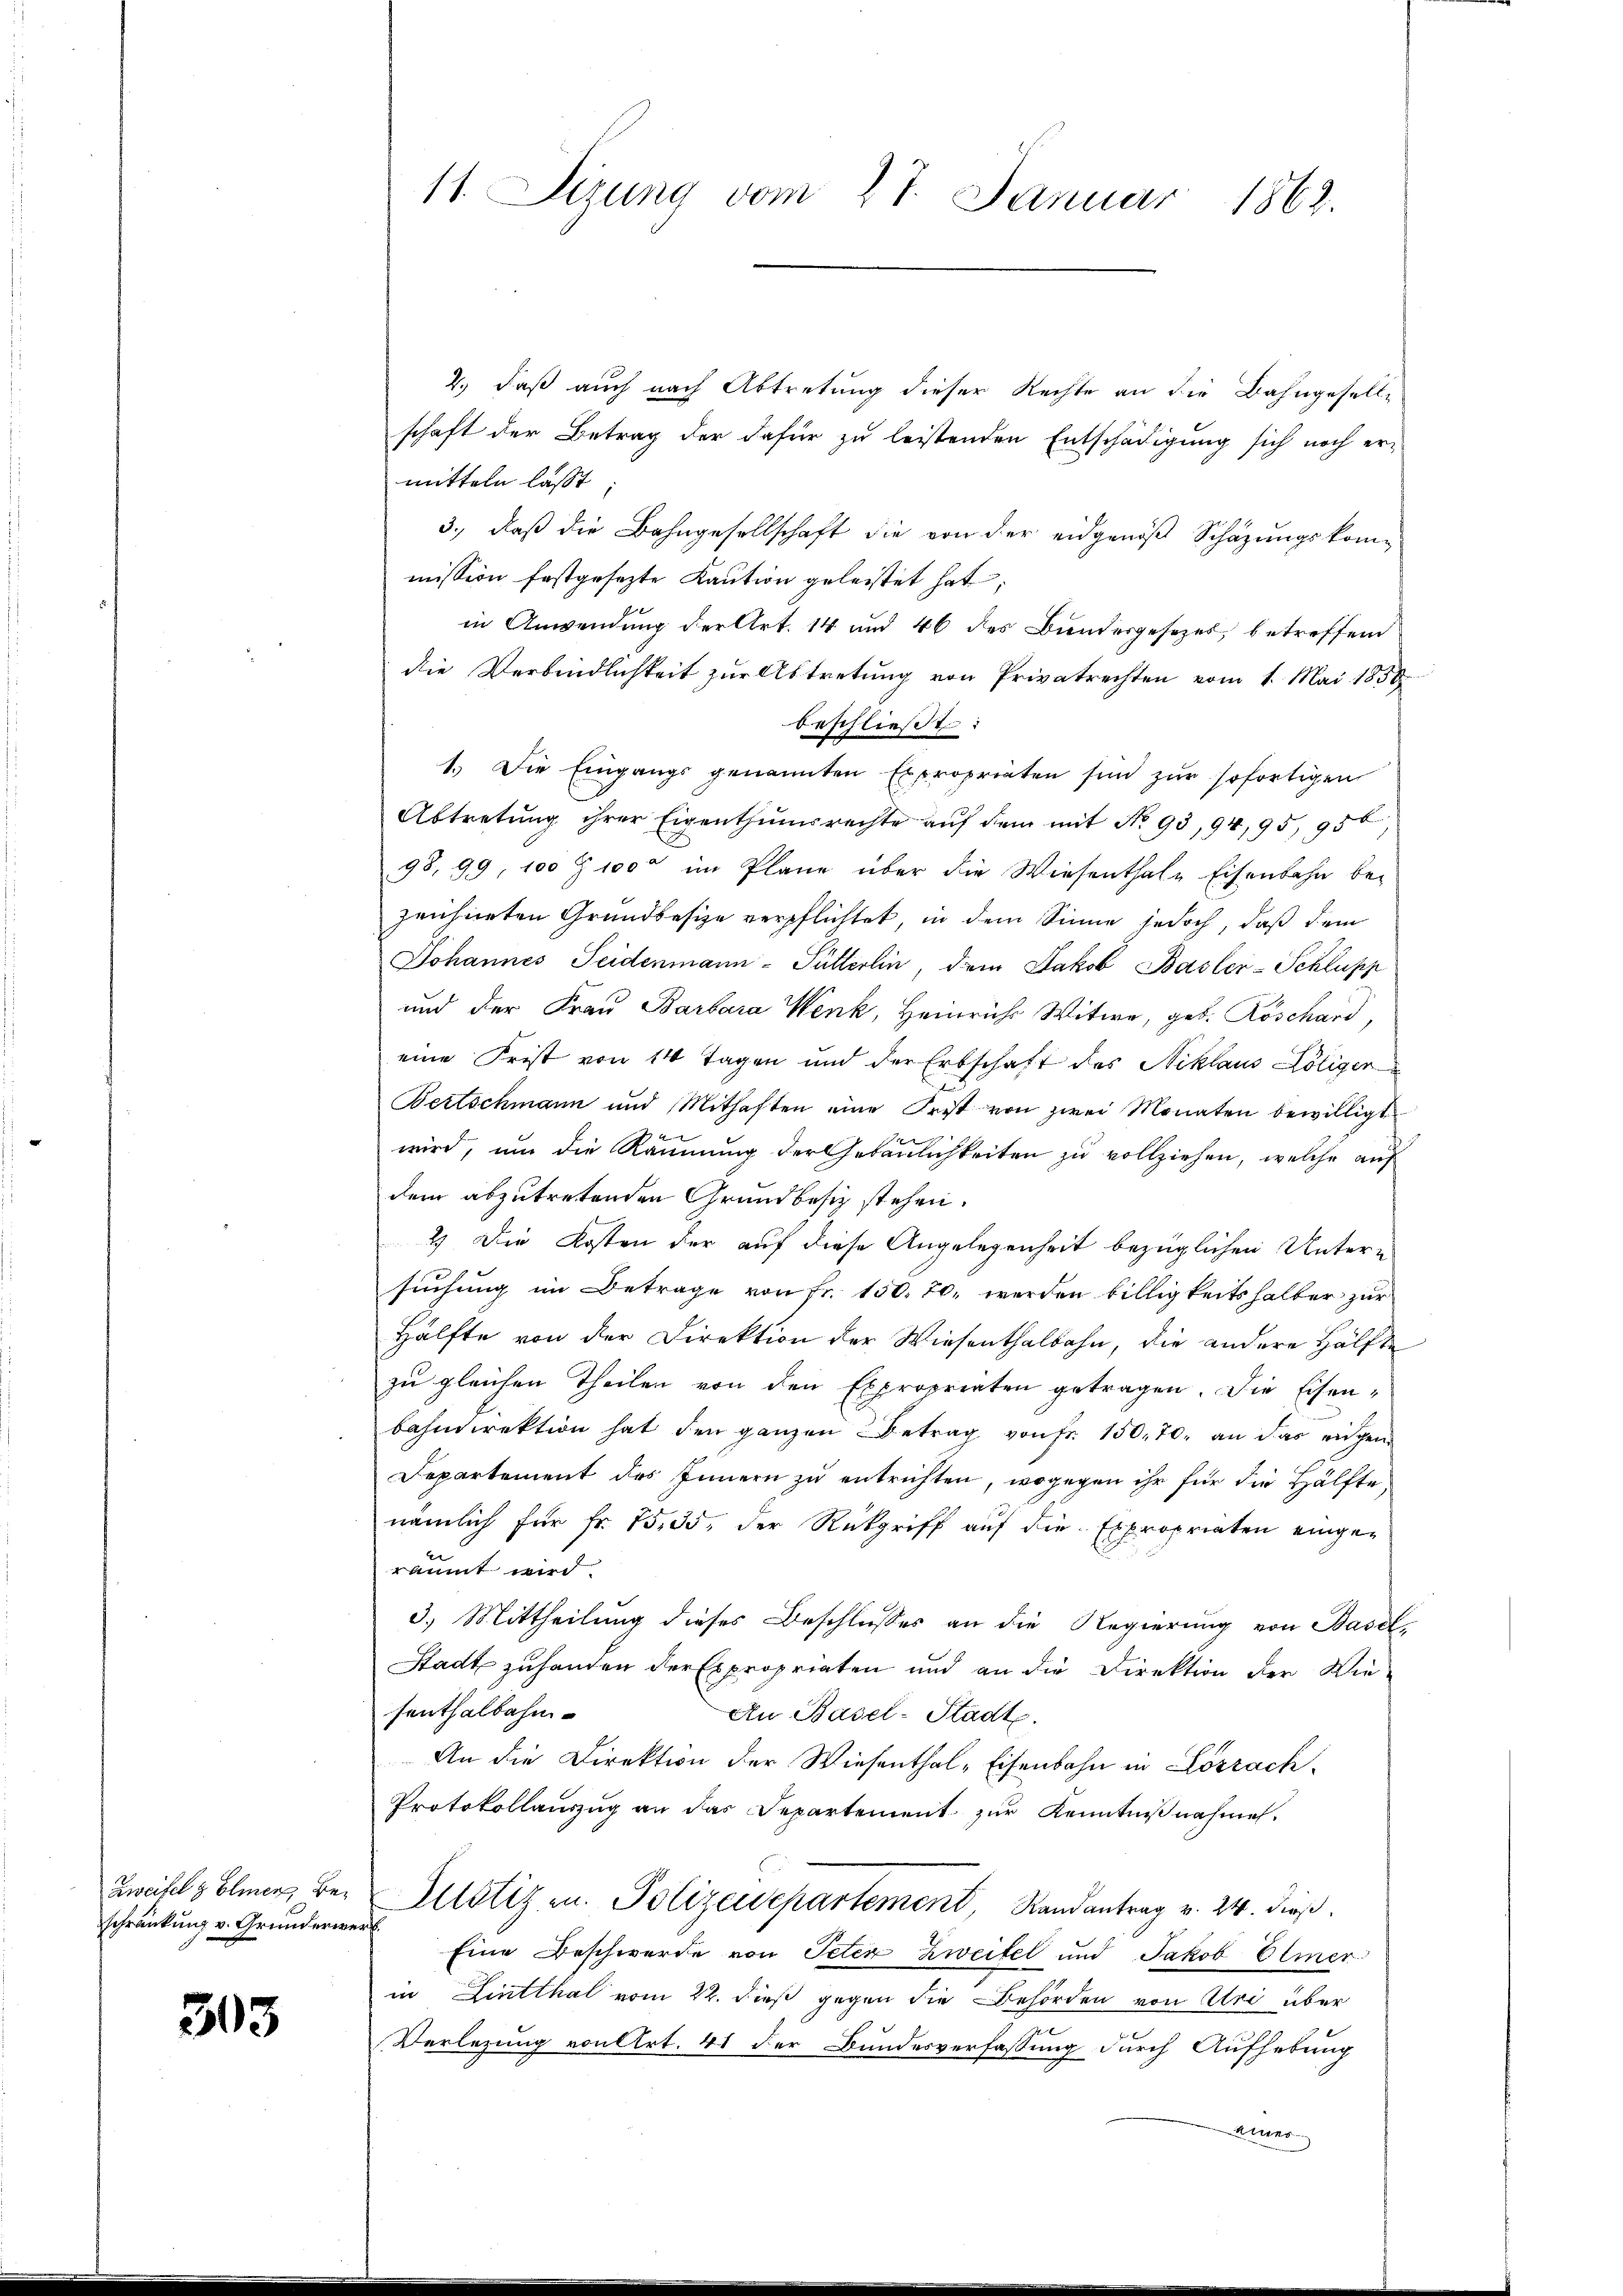
Zweifel & Elmen, Beschränkung v. Grunderwe

303

11. Sezung vom 27. Januar 1862.

2.) daß auch nach Abtretung dieser Rechte an die Bahngesell-
schaft der Betrag der dafür zu leistenden Entschädigung sich noch ermitteln lasst
3.) daß die Bahngesellschaft die von der eidgenöß Schazungskom-
mission festgesezte Kaution geleistet hat:
in Anwendung der Art. 14 und 46 des Bundesgesezes, betreffend
die Verbindlichkeit zur Abtretung von Privatrechten vom 1. Mai 1858
beschließt:
1.) Die Eingangs genannten Exproprieten sind zŭr sofortigen
Abtretung ihrer Eigenthumsrechte auf dem mit No 95, 94, 95, 956
98, 99, 100 Z. 1000 im Plane über die Wiesenthale Eisenbahn be-
zeichneten Grundbesize verpflichtet, in dem Sinne jedoch, daß dem
Johannes Seidenmann-Pütterlin, dem Jakob Basler-Schluss
und der Frau Barbara Wenk, Heinricht Witwe, geb. Roschard
eine Frist von 14 Tagen und der Erbschaft des Niklaus Löliger
Bertschmann und Mithaften eine Frist von zwei Monaten bewilligt
wird, um die Räumung der Gebäulichkeiten zu vollziehen, welche auf
dem abzutretenden Grundbesitz stehen.
2) Die Kosten der auf diese Angelegenheit bezüglichen Untersuchung im Betrage von Fr. 150. 70. werden billigkeitshalber zur
Hälfte von der Direktion der Wiesenthalbahn, die andere Hälfte
zu gleichen Theilen von den Expropriaten getragen. Die Eisenbahndirektion hat den ganzen Betrag von Fr. 150, 70. an das eigen
Departement des Innern zu entrichten, wogegen ihr für die Hälfte
nämlich für Fr. 75, 35, der Rückgriff auf die Expropriaten eingeräumt wird.
3.) Mittheilung dieses Beschlusses an die Regierung von Basel-
Stadt zuhanden der Expropriaten und an die Direktion der Wie-
senthalbahn¬
An Basel-Stadte.
An die Direktion der Wiesenthal-Eisenbahn in Lörrach
Protokollaŭszŭg an das Departement zŭr Kenntniβnahmen.
Slotiz u. Polizeidepartement, Randantrag v. 24. dieβ.
g
Eine Beschwerde von Peter Zweifel und Jakob Elmer
in Linthal vom 22. dieß gegen die Behörden von Uri über
Verlegung von Art. 41 der Bundesverfassung durch Aufhebung
Alues